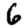
Digit: 6